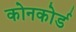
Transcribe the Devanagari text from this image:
कोनकोर्ड